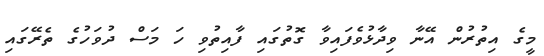
މީގެ އިތުރުން އޭނާ ވިދާޅުވެފައިވާ ގޮތުގައި ފާއިތުވި ހަ މަސް ދުވަހުގެ ތެރޭގައި